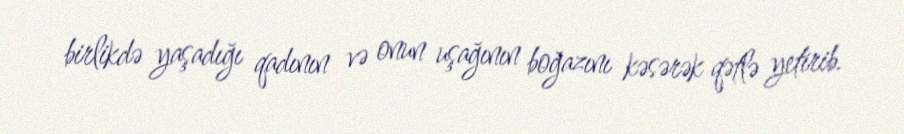
birlikdə yaşadığı qadının və onun uşağının boğazını kəsərək qətlə yetirib.